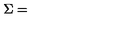
\Sigma =